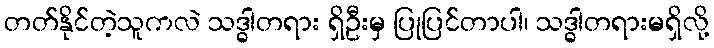
တတ်နိုင်တဲ့သူကလဲ သဒ္ဓါတရား ရှိဦးမှ ပြုပြင်တာပါ၊ သဒ္ဓါတရားမရှိလို့